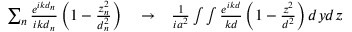
\begin{array} { r l r } { \sum _ { n } \frac { e ^ { i k d _ { n } } } { i k d _ { n } } \left( 1 - \frac { z _ { n } ^ { 2 } } { d _ { n } ^ { 2 } } \right) } & { { } \to } & { \frac { 1 } { i a ^ { 2 } } \int \int \frac { e ^ { i k d } } { k d } \left( 1 - \frac { z ^ { 2 } } { d ^ { 2 } } \right) d y d z } \end{array}